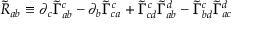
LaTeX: { \widetilde { R } } _ { a b } \equiv \partial _ { c } { \widetilde { \Gamma } } _ { a b } ^ { c } - \partial _ { b } { \widetilde { \Gamma } } _ { c a } ^ { c } + { \widetilde { \Gamma } } _ { c d } ^ { c } { \widetilde { \Gamma } } _ { a b } ^ { d } - { \widetilde { \Gamma } } _ { b d } ^ { c } { \widetilde { \Gamma } } _ { a c } ^ { d }